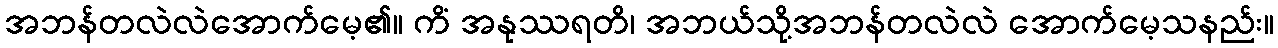
အဘန်တလဲလဲအောက်မေ့၏။ ကိံ အနုဿရတိ၊ အဘယ်သို့အဘန်တလဲလဲ အောက်မေ့သနည်း။